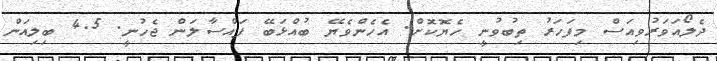
ދެލޯއަވަރުވިއަސް މިފަހަރު ތިބުވުނީ ހެޔޮކޮށް. އެހެންވެޔޭ ބުއްޅަބޭ ފައްސާލަން ޖެހުނީ. 4.5 ބިލިއަން